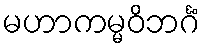
မဟာကမ္မဝိဘင်္ဂံ